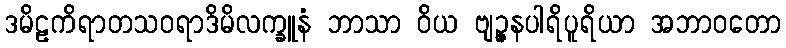
ဒမိဠကိရာတသဝရာဒိမိလက္ခူနံ ဘာသာ ဝိယ ဗျဉ္ဇနပါရိပူရိယာ အဘာဝတော